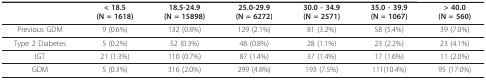
<table><thead><tr><td></td><td><b>&lt; 18.5(N = 1618)</b></td><td><b>18.5-24.9(N = 15898)</b></td><td><b>25.0-29.9(N = 6272)</b></td><td><b>30.0 - 34.9(N = 2571)</b></td><td><b>35.0 - 39.9(N = 1067)</b></td><td><b>&gt; 40.0(N = 560)</b></td></tr></thead><tbody><tr><td>Previous GDM</td><td>9 (0.6%)</td><td>132 (0.8%)</td><td>129 (2.1%)</td><td>81 (3.2%)</td><td>58 (5.4%)</td><td>39 (7.0%)</td></tr><tr><td>Type 2 Diabetes</td><td>5 (0.2%)</td><td>52 (0.3%)</td><td>48 (0.8%)</td><td>28 (1.1%)</td><td>23 (2.2%)</td><td>23 (4.1%)</td></tr><tr><td>IGT</td><td>21 (1.3%)</td><td>110 (0.7%)</td><td>87 (1.4%)</td><td>37 (1.4%)</td><td>17 (1.6%)</td><td>11 (2.0%)</td></tr><tr><td>GDM</td><td>5 (0.3%)</td><td>316 (2.0%)</td><td>299 (4.8%)</td><td>193 (7.5%)</td><td>111(10.4%)</td><td>95 (17.0%)</td></tr></tbody></table>